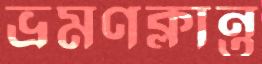
ভ্রমণক্লান্ত